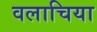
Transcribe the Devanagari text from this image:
वलाचिया